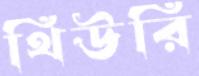
থিউরি